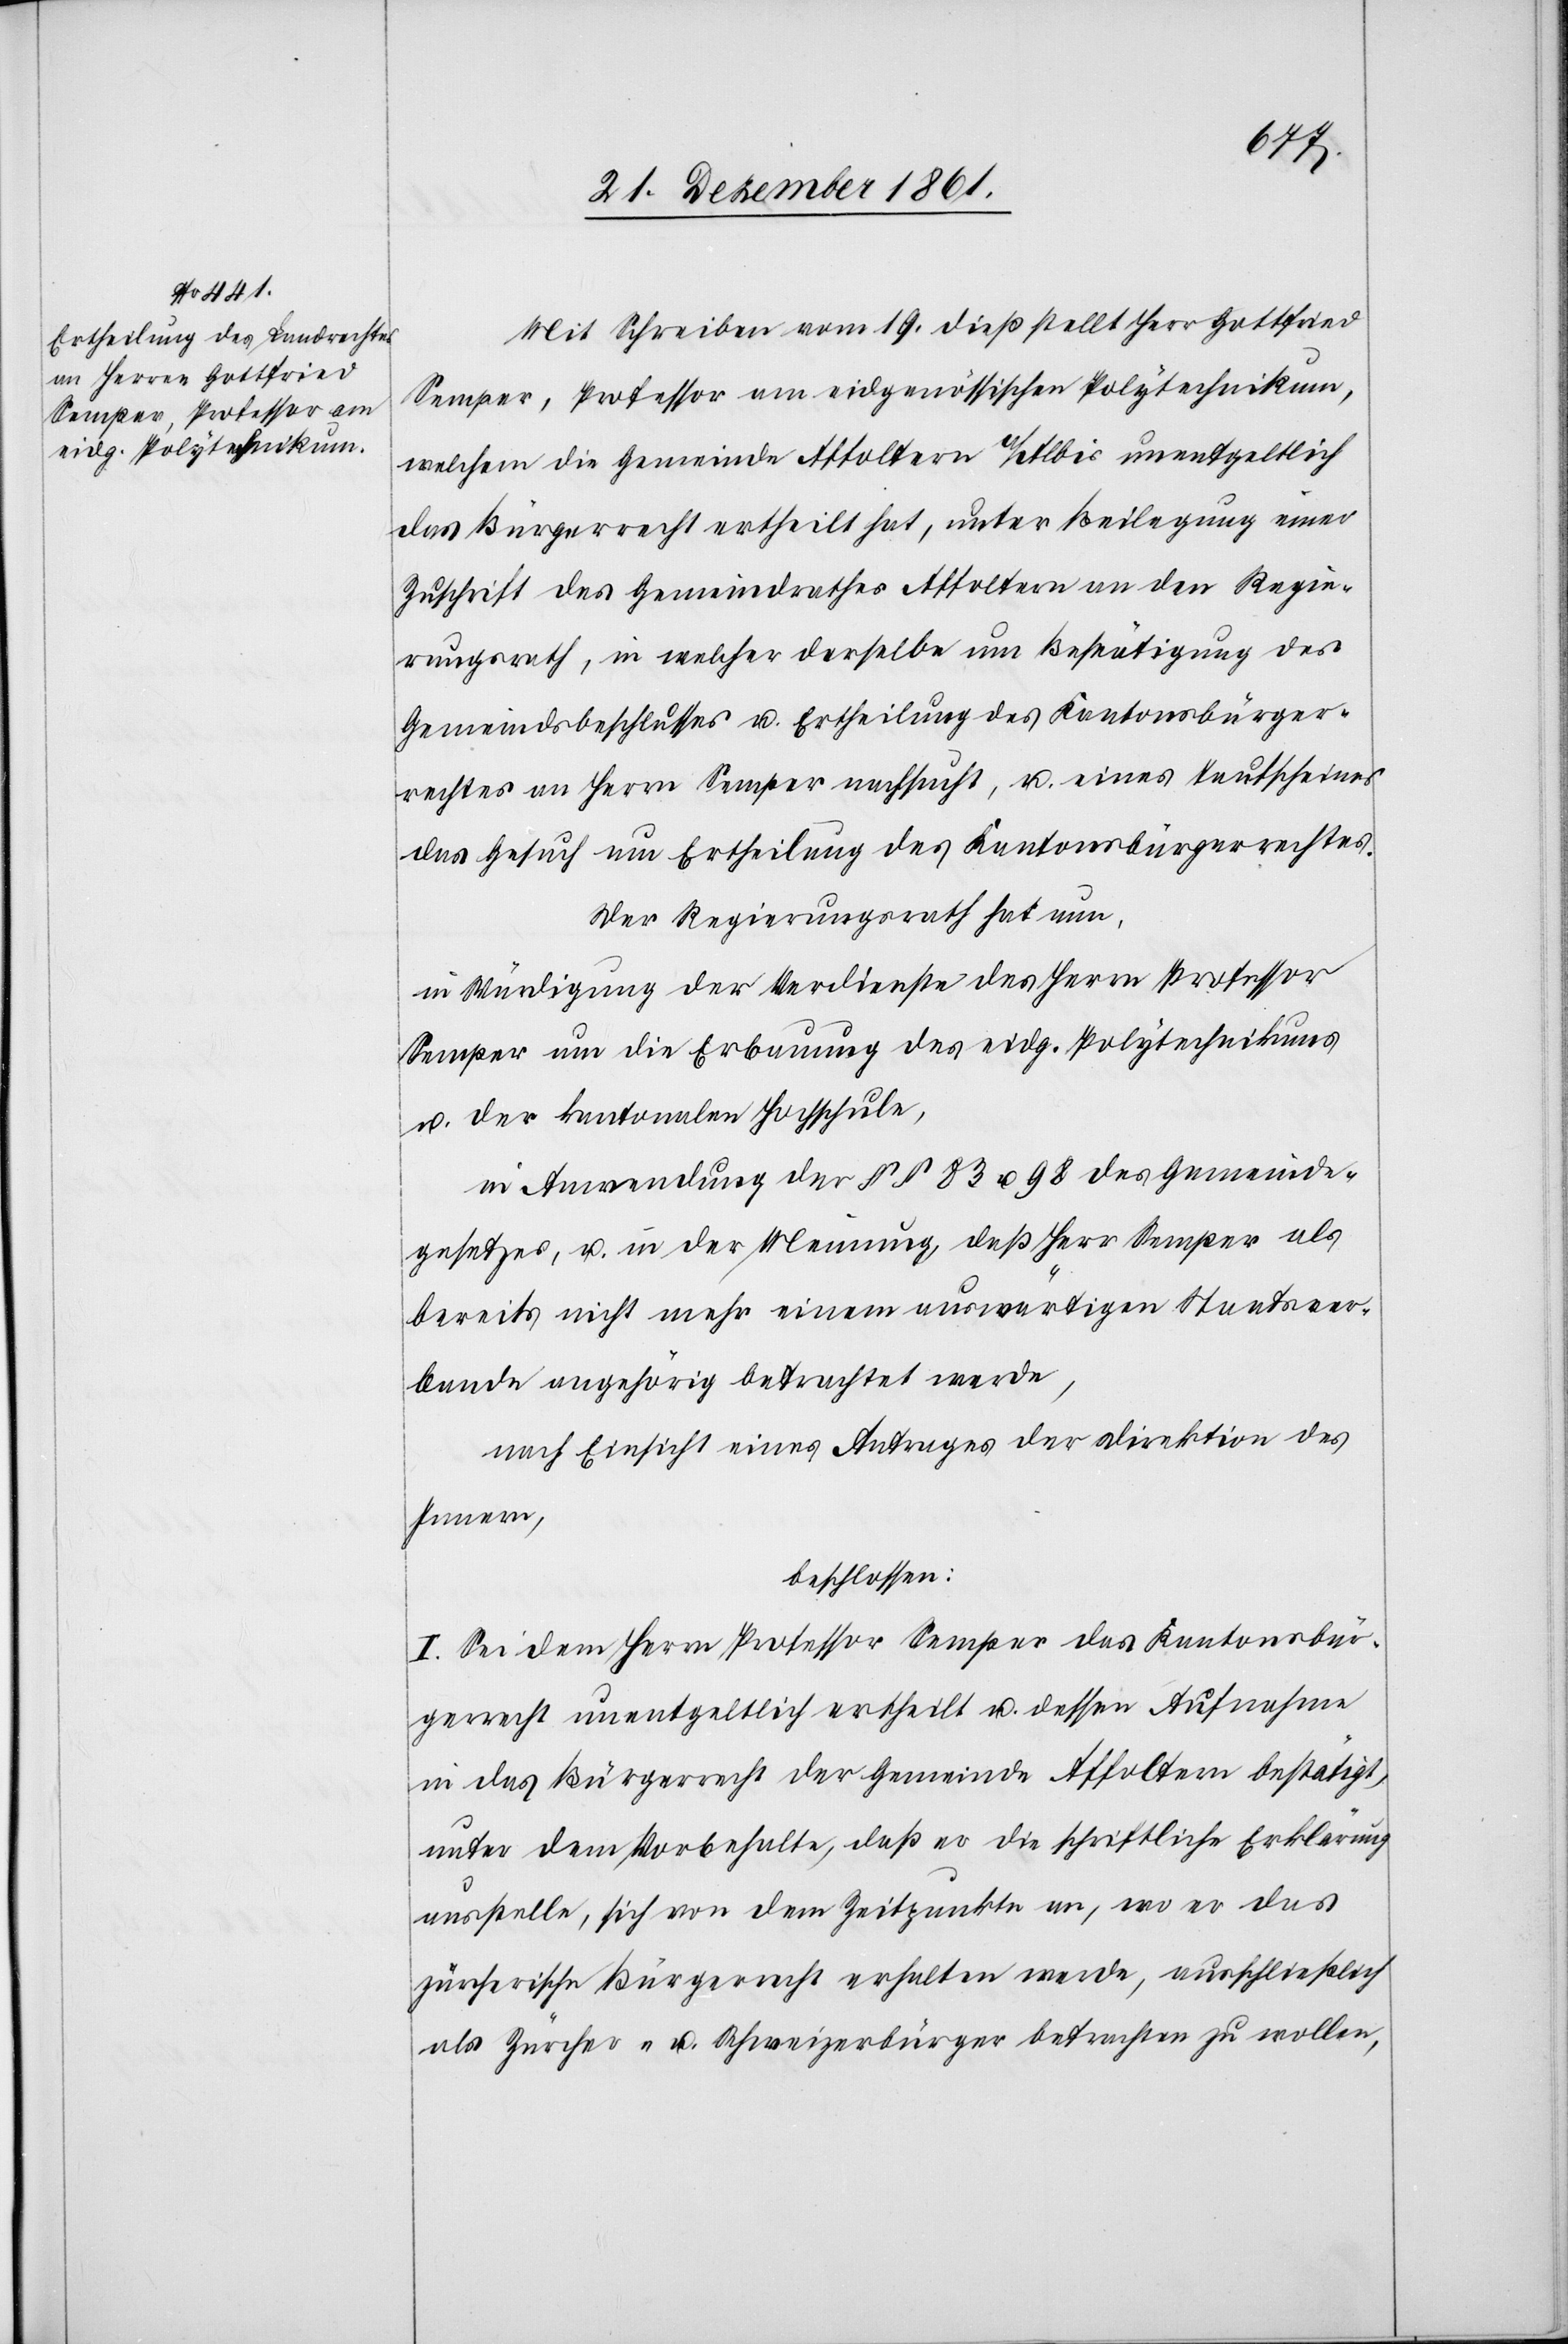
Mit Schreiben vom 19 dieß stellt Herr Gottfried
Semper, Professor am eidgenössischen Polytechnikum,
welchem die Gemeinde Affoltern a/Albis unentgeldlich
das Bürgerrecht ertheilt hat, unter Beilegung einer
Zuschrift des Gemeindrathes Affoltern an den Regie¬
rungsrath, in welcher derselbe um Bestätigung des
Gemeindsbeschlusses u. Ertheilung des Kantonsbürger¬
rechtes an Herrn Semper nachsucht, u. eines Taufscheines
das Gesuch um Ertheilung des Kantonsbürgerrechtes.
Der Regierungsrath hat nun,
in Würdigung der Verdienste des Herrn Professor
Semper um die Erbauung des eidg. Polytechnikums
u. der kantonalen Hochschule,
in Anwendung der §§ 83 u. 98 des Gemeinde¬
gesetzes, u. in der Meinung, daß Herr Semper als
bereits nicht mehr einem auswärtigen STaatsver¬
bande angehörig betrachtet werde,
nach Einsicht eines Antrages der Direktion des
Innern,
beschlossen:
I. Sei dem Herrn Professor Semper das Kantonsbür¬
gerrecht unentgeldlich ertheilt u. dessen Aufnahme
in das Bürgerrecht der Gemeinde Affoltern bestätigt,
unter dem Vorbehalte, daß er schriftliche Erklärung
ausstelle, sich von dem Zeitpunkte, wo er das
zürcherische Bürgerrecht erhalten werde, ausschließlich
als Zürcher u. Schweizerbürger betrachten zu wollen,